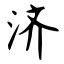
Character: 济